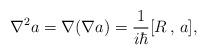
LaTeX: \begin{align*}\nabla ^2a=\nabla (\nabla a)=\frac 1{i\hbar }[R\,,\,a],\end{align*}